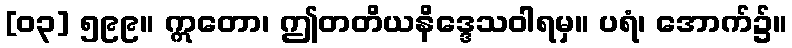
[၀၃] ၅၉၉။ ဣတော၊ ဤတတိယနိဒ္ဒေသဝါရမှ။ ပရံ၊ အောက်၌။